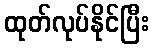
ထုတ်လုပ်နိုင်ပြီး